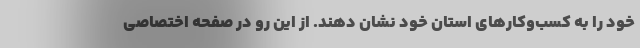
خود را به کسب‌وکارهای استان خود نشان دهند. از این رو در صفحه اختصاصی